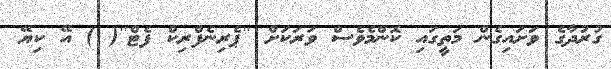
ގުރުދާގެ ވަށައިގެން މަތީގައި ކޮންމެވެސް ވަރަކަށް ''ޕެރިނެފްރިކް ފެޓް''( ) އޭ ކިޔޭ